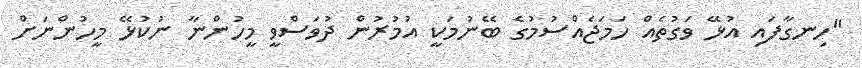
"ހިނގާފައި އުޅޭ ވަގުތެއް ހަމަޖެއްސުމުގެ ބޭނުމަކީ އުމުރުން ދުވަސްވީ މީހުންނާ ނުކުޅޭ މީހުންނަށް